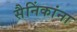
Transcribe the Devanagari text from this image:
सैनिंकांना